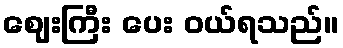
ဈေးကြီး ပေး ဝယ်ရသည်။